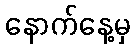
နောက်နေ့မှ